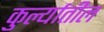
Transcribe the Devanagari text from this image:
कुर्ल्यातील